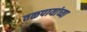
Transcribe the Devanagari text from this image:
तळपायांच्या